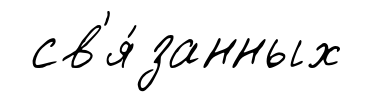
св'я́занных